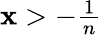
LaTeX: \textstyle{\mathbf{x}>-{\frac{{1}}{{n}}}}